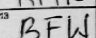
Transcription: BFW